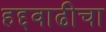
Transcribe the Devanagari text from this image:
हद्दवाढीचा